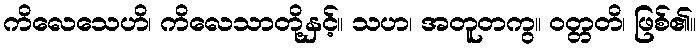
ကိလေသေဟိ၊ ကိလေသာတို့နှင့်။ သဟ၊ အတူတကွ။ ဝတ္တတိ၊ ဖြစ်၏။